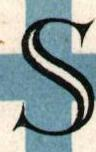
S